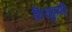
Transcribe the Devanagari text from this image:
शिरगुप्पी